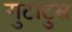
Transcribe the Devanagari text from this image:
गुटाटुस